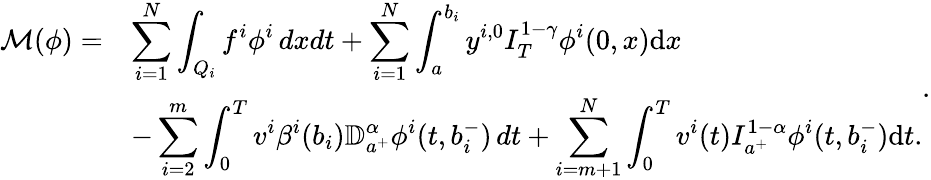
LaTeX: \begin{array}{ll}{\mathcal{M}(\phi)=}&{\displaystyle\sum_{i=1}^{N}\int_{Q_{i}}f^{i}\phi^{i}\, dxdt+\sum_{i=1}^{N}\int_{a}^{b_{i}}y^{i,0}I_{T}^{1-\gamma}\phi^{i}(0,x)\mathrm{d}x}\\ &{\displaystyle-\sum_{i=2}^{m}\int_{0}^{T}v^{i}\beta^{i}(b_{i}){\mathbb D}_{a^{+}}^{\alpha}\phi^{i}(t,b_{i}^{-})\, dt+\sum_{i=m+1}^{N}\int_{0}^{T}v^{i}(t)I_{a^{+}}^{1-\alpha}\phi^{i}(t,b_{i}^{-})\mathrm{d}t.}\end{array}.